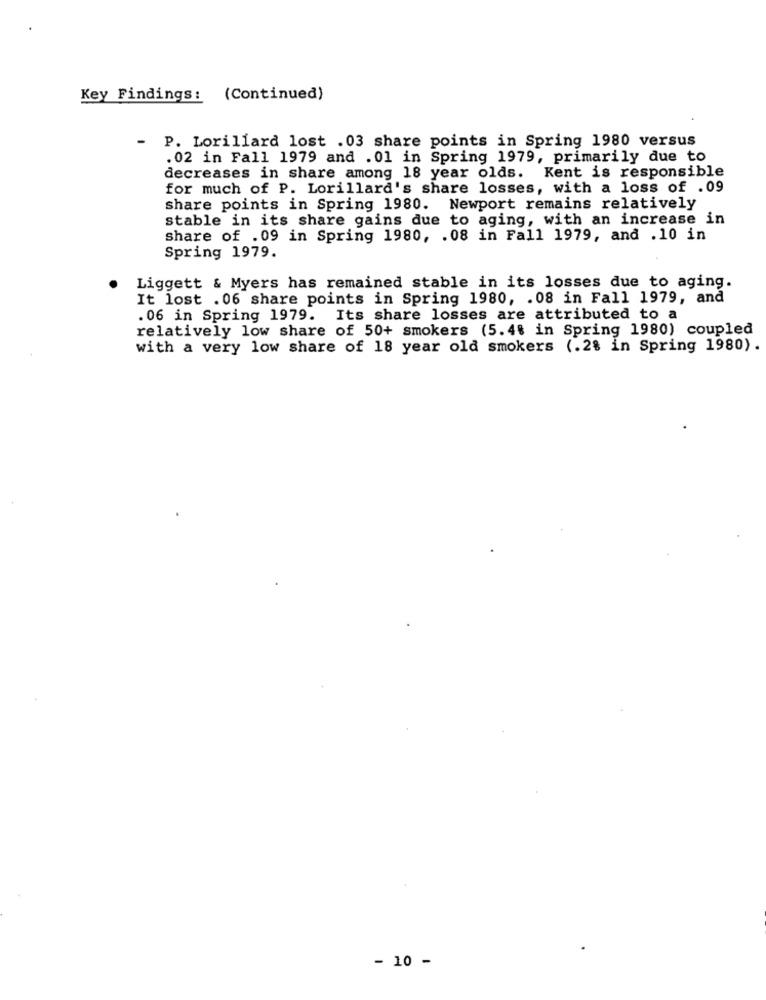
Key Findings: (Continued)
-
P. Lorillard lost .03 share points in Spring 1980 versus
.02 in Fall 1979 and . 01 in Spring 1979, primarily due to
decreases in share among 18 year olds. Kent is responsible
for much of P. Lorillard's share losses, with a loss of .09
share points in Spring 1980. Newport remains relatively
stable in its share gains due to aging, with an increase in
share of .09 in Spring 1980, . 08 in Fall 1979, and .10 in
Spring 1979.
Liggett & Myers has remained stable in its losses due to aging.
It lost . 06 share points in Spring 1980, . 08 in Fall 1979, and
.06 in Spring 1979. Its share losses are attributed to a
relatively low share of 50+ smokers (5.4% in Spring 1980) coupled
with a very low share of 18 year old smokers (.2% in Spring 1980).
- 10 -